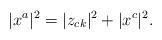
LaTeX: \begin{align*}|x^a|^2=|z_{ck}|^2+|x^c|^2.\end{align*}